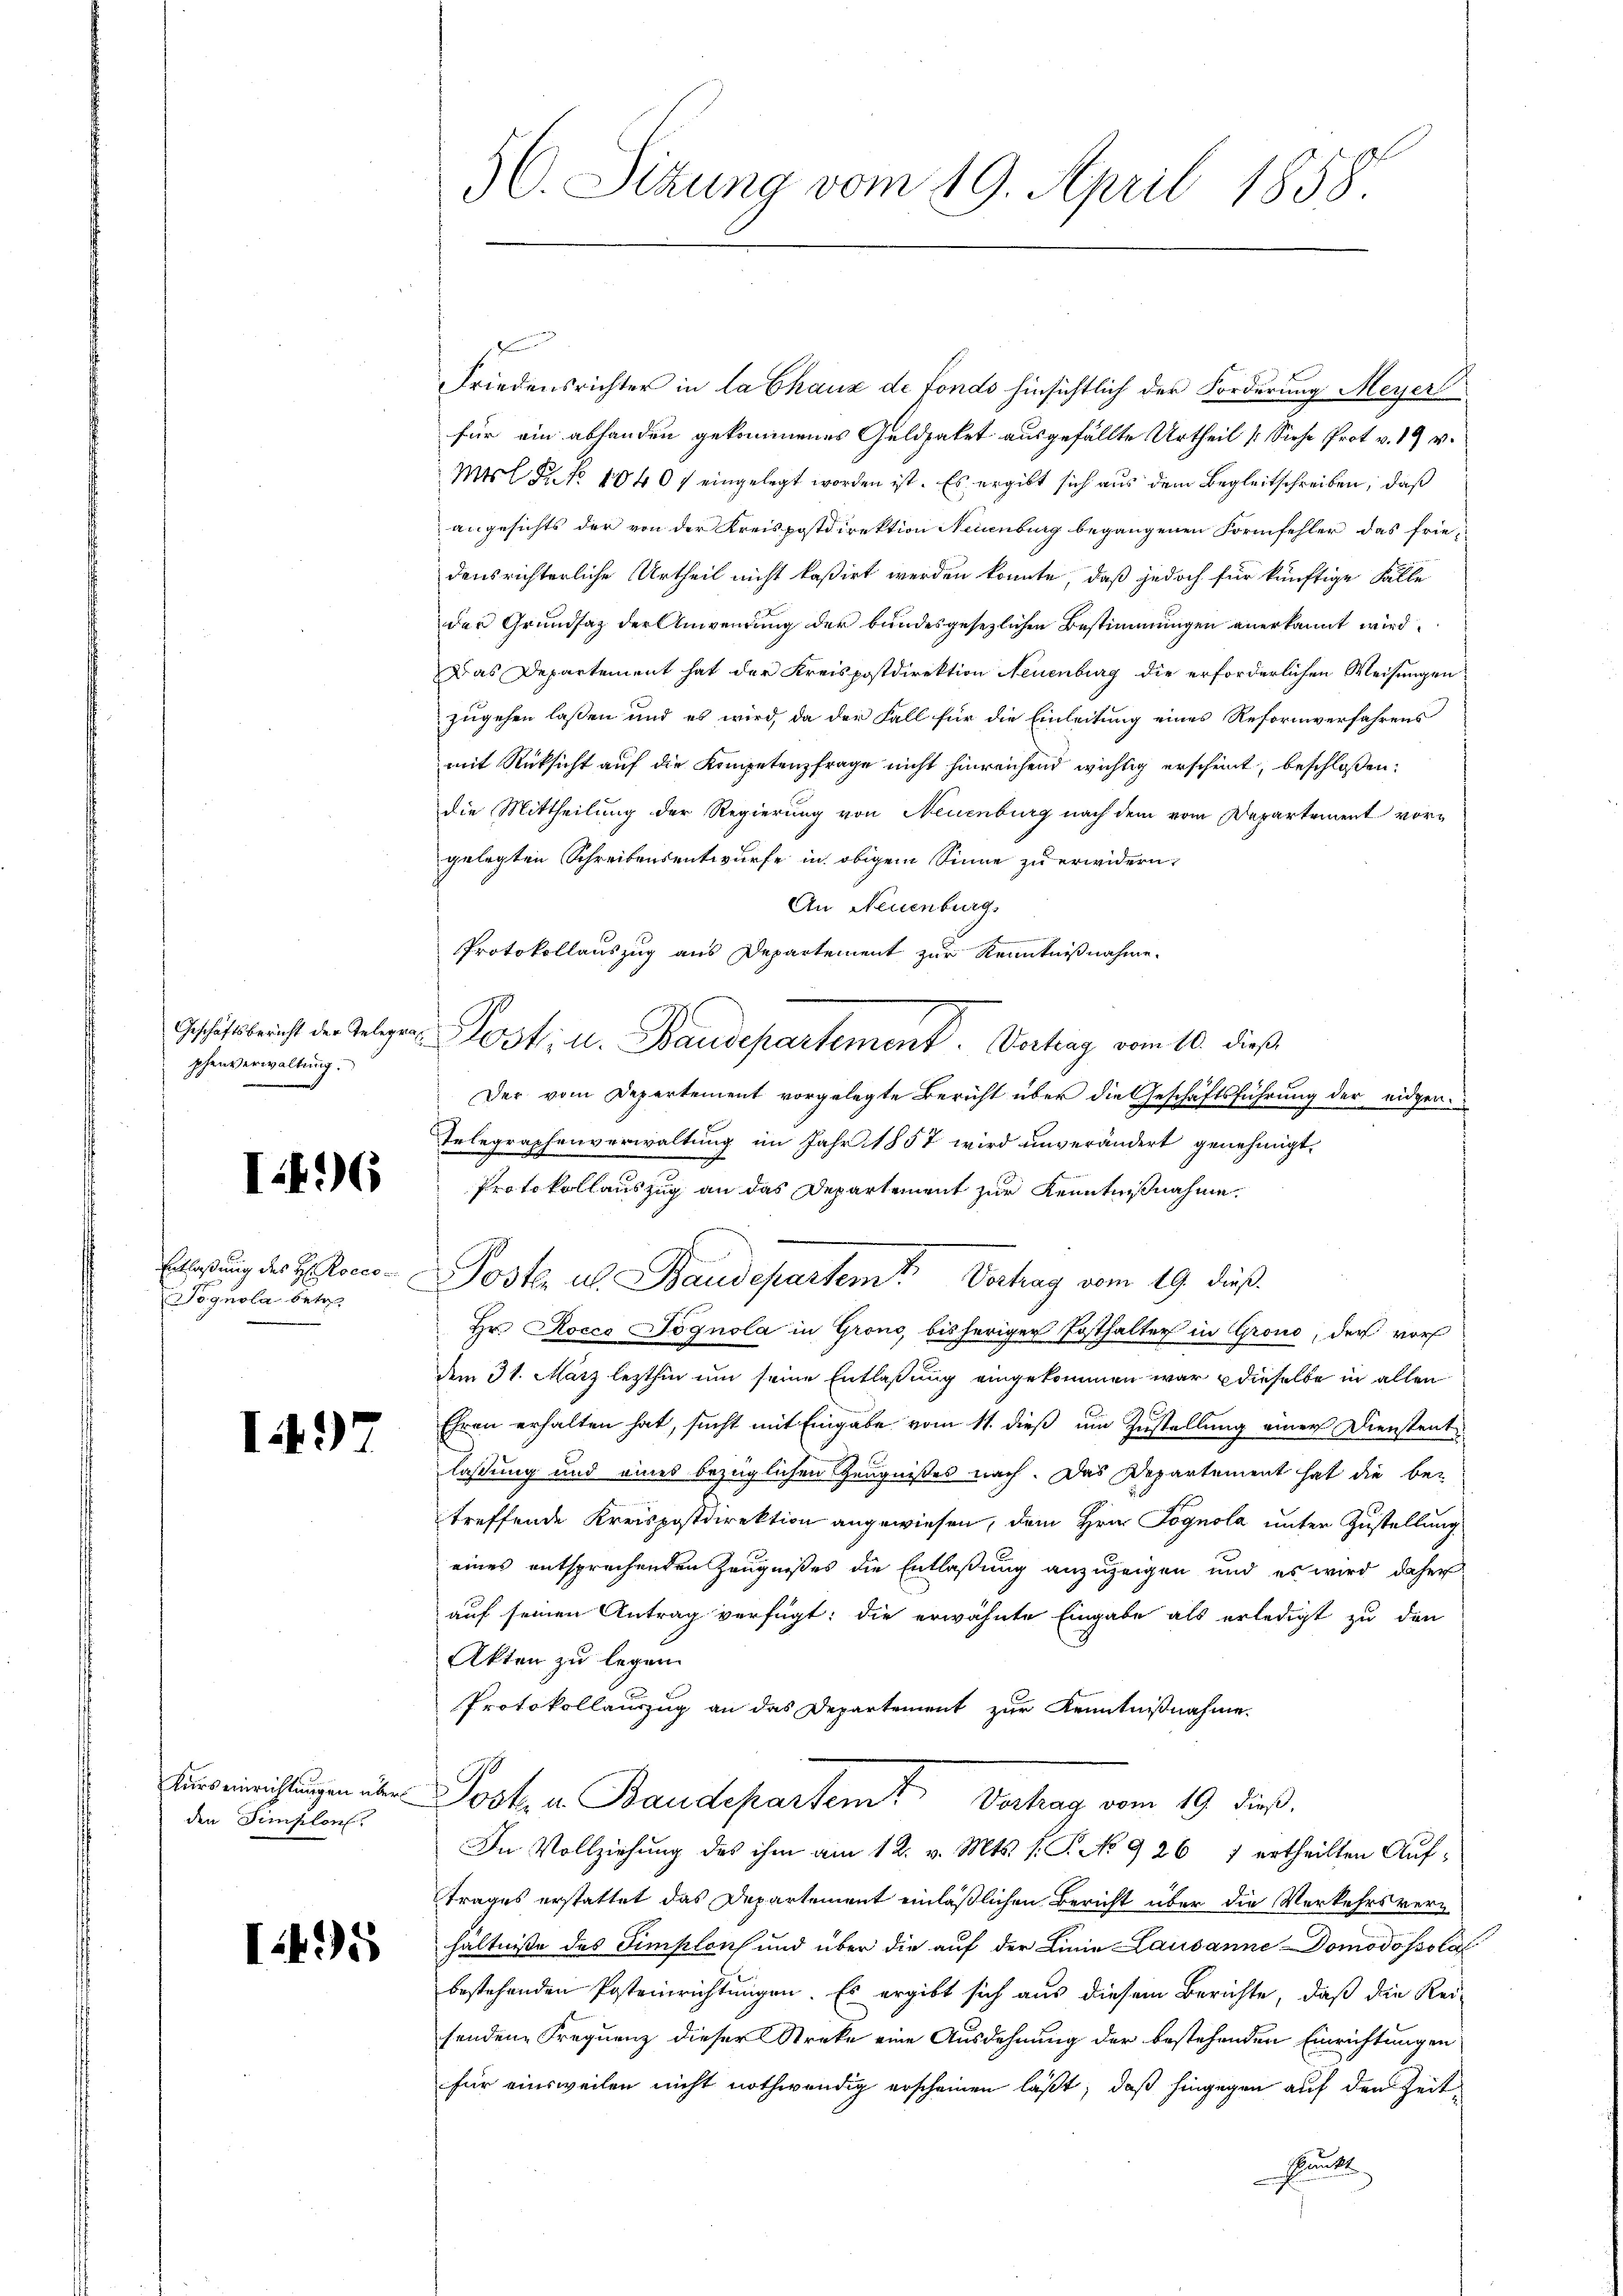
phenverwaltung.

I.6

Pognola betr.

I497

den Simplon.

1495

50. Sizung vom 19. April 1858.

Friedensrichter in la Chaux de Fonds hinsichtlich der Forderung Meyer
für ein abhanden gekommenes Geldsaket ausgefällte Urtheil (Siehe Prot. v. 19 v.
Mtsl R. No 1040 f eingelegt worden ist. Es ergibt sich aus dem Begleitschreiben, daß
angesichts der von der Kreispostdirektion Neuenburg begangenen Formfehler das frie-
densrichterliche Urtheil nicht kasirt werden könnte, daß jedoch für künftige Fälle
der Grundsaz der Anwendung der bundesgesezlichen Bestimmungen anerkannt wird.
Das Departement hat der Kreispostdirektion Neuenburg die erforderlichen Weisungen
zugehen laßen und es wird, da der Fall für die Einleitung eines Reformverfahrens
mit Rücksicht auf die Kompetenzfrage nicht hinreichend wichtig erscheint, beschlossen:
die Mittheilung der Regierung von Neuenburg nach dem vom Departement vorgelegten Schreibensentwurfe in obigem Sinne zu erwidern,
An Neuenburg,
Protokollauszug aus Departement zur Kenntnißnahme.
Gestätsbericht der Telegen Post, u. Baudepartement. Vortrag vom 10. dieß
Der vom Departement vorgelegte Bericht über die Geschäftsführung der eidgen.
Telegraphenverwaltung im Jahr 1857 wird unverändert genehmigt,
Protokollauszug an das Departement zur Kenntnißnahme.
Erlaßung der Hoeco- Posten u. Staudepartem Vortrag vom 19. dieß
Hr. Rocco Jognola in Grono, bisheriger Posthalter in Grono, der vor
dem 31. März lezthin um seine Entlaßung eingekommen war dieselbe in allen
3 f
Ehren erhalten hat, sucht mit Eingabe vom 11. dieß um Zustellung einer Dienstent-
laßung und eines bezüglichen Zeugnißes nach. Das Departement hat die be-
treffende Kreispostdirektion angewiesen, dem Hrn. Pognola unter Zustellung
eines entsprechenden Zeugnißes die Entlaßung anzuzeigen und es wird daher
auf seinen Antrag verfügt: die erwähnte Eingabe als erledigt zu den
Akten zu legen
Protokollauszug an das Departement zur Kenntnißnahme.
eichungen der Pock. a. Baudepartem Vertrag vom 19. dieß.
In Vollziehung des ihm am 12. v. Mts. 1. P. No 926 7 ertheilten Auftrages erstattet das Departement einläßlichen Bericht über die Verkehrs verhältniße des Simplons und über die auf der Linie Lausanne Domodopsola
bestehenden Posteinrichtungen. Es ergibt sich aus diesem Berichte, daß die Rei
fendene Frequenz dieser Streke eine Ausdehnung der bestehenden Einrichtungen
für einsweilen nicht nothwendig erscheinen läßt, daß hingegen auf den Zeit
Prunke